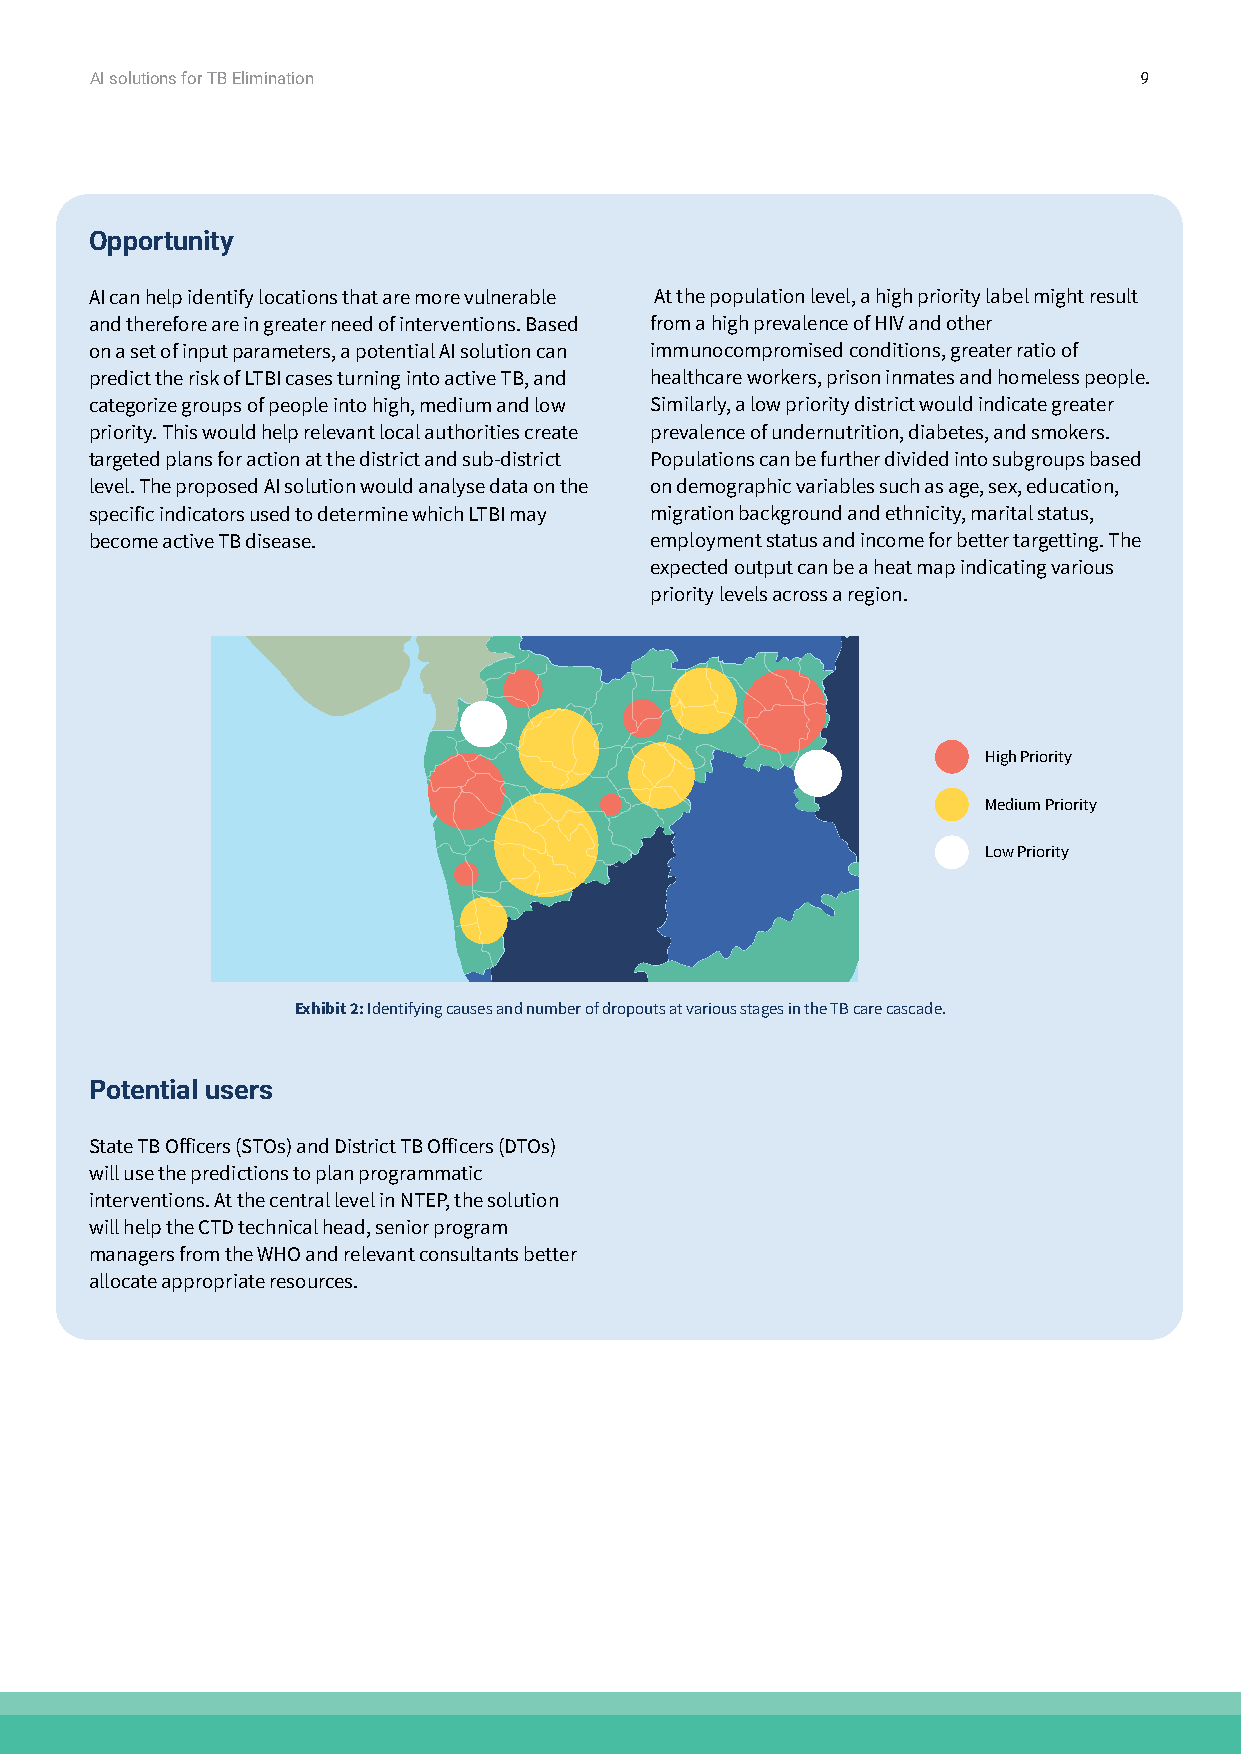
AI solutions for TB Elimination                                      9
 Opportunity
 AI can help identify locations that are more vulnerable At the population level, a high priority label might result
 and therefore are in greater need of interventions. Based from a high prevalence of HIV and other
 on a set of input parameters, a potential AI solution can immunocompromised conditions, greater ratio of
 predict the risk of LTBI cases turning into active TB, and healthcare workers, prison inmates and homeless people.
 categorize groups of people into high, medium and low Similarly, a low priority district would indicate greater
 priority. This would help relevant local authorities create prevalence of undernutrition, diabetes, and smokers.
 targeted plans for action at the district and sub-district Populations can be further divided into subgroups based
 level. The proposed AI solution would analyse data on the on demographic variables such as age, sex, education,
 specific indicators used to determine which LTBI may migration background and ethnicity, marital status,
 become active TB disease.            employment status and income for better targetting. The
 expected output can be a heat map indicating various
 priority levels across a region.
 High Priority
 Medium Priority
 Low Priority
 Exhibit 2: Identifying causes and number of dropouts at various stages in the TB care cascade.
 Potential users
 State TB Officers (STOs) and District TB Officers (DTOs)
 will use the predictions to plan programmatic
 interventions. At the central level in NTEP, the solution
 will help the CTD technical head, senior program
 managers from the WHO and relevant consultants better
 allocate appropriate resources.